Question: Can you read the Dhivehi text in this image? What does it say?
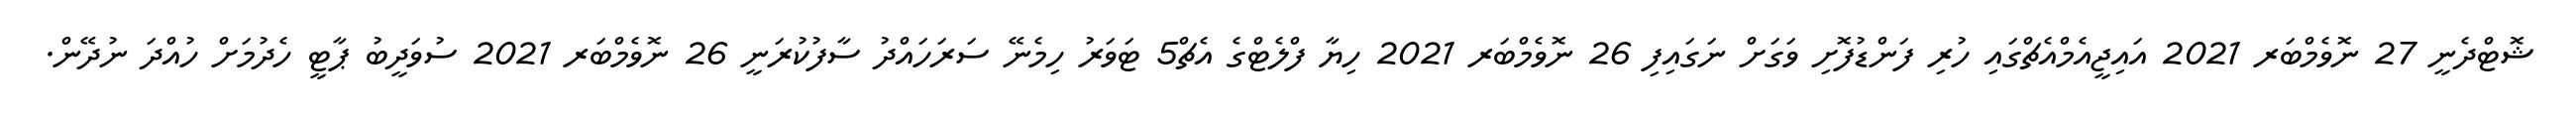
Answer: ޝޮޓްދެނީ 27 ނޮވެމްބަރ 2021 އައިޖީއެމްއެޗްގައި ހުރި ފަންޑުފޮށި ވަގަށް ނަގައިފި 26 ނޮވެމްބަރ 2021 ހިޔާ ފްލެޓްގެ އެޗް5 ޓަވަރު ހިމެނޭ ސަރަހައްދު ސާފުކުރަނީ 26 ނޮވެމްބަރ 2021 ސުވަދީބު ޕާޓީ ހެދުމަށް ހުއްދަ ނުދޭން.